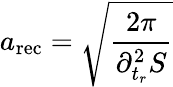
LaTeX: a_{\mathrm{rec}}=\sqrt{\frac{2\pi}{\partial_{t_{r}}^{2}S}}